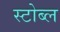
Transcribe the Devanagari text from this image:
स्टोब्ल